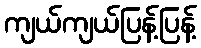
ကျယ်ကျယ်ပြန့်ပြန့်